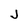
Character: J